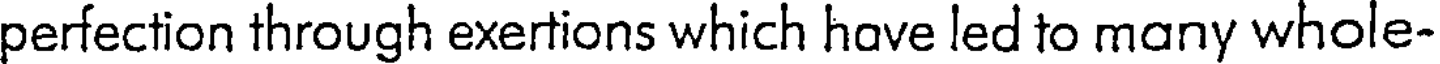
perfection through exertions which have led to many whole-